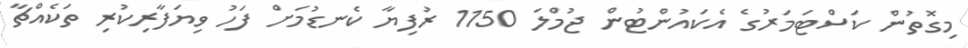
މިގޮތުން ކަސްޓަމަރުގެ އެކައުންޓުން ޖުމްލަ 1150 ރުފިޔާ ކެނޑުމަށް ފަހު ވިޔަފާރިކުރި ތަކެއްޗާ